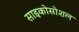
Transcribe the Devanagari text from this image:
साइकोसोशल